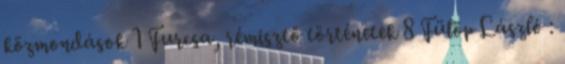
közmondások 1 Furcsa, rémisztő történetek 8 Fülöp László :